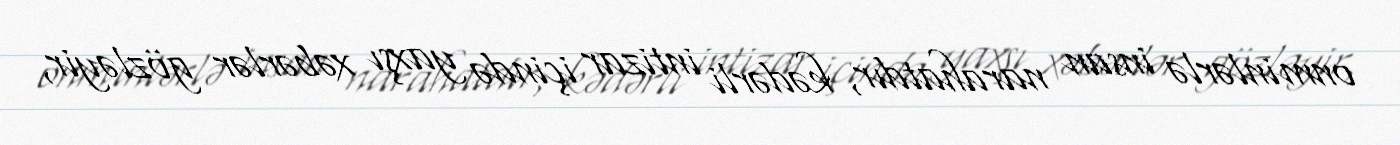
onminlərlə insan narahatdır, kədərli intizar içində yaxşı xəbərlər gözləyir,